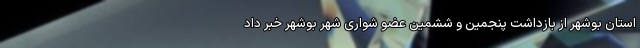
استان بوشهر از بازداشت پنجمین و ششمین عضو شواری شهر بوشهر خبر داد